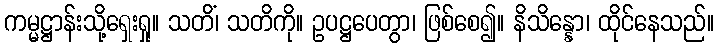
ကမ္မဋ္ဌာန်းသို့ရှေးရှု။ သတိံ၊ သတိကို။ ဥပဋ္ဌပေတွာ၊ ဖြစ်စေ၍။ နိသိန္နော၊ ထိုင်နေသည်။